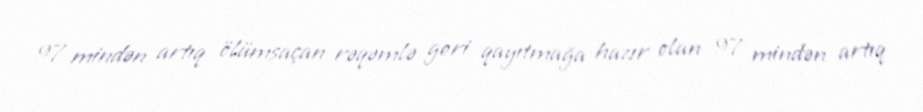
97 mindən artıq ölümsaçan rəqəmlə geri qayıtmağa hazır olan 97 mindən artıq